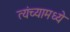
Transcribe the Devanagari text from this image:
त्यंच्यामध्ये